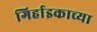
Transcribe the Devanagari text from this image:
गिर्हाइकाच्या